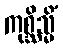
ကုစ္ဆိသ္မိံ